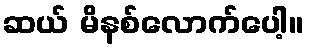
ဆယ် မိနစ်လောက်ပေါ့။